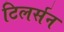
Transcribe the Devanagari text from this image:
टिलर्सन